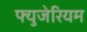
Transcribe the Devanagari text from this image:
फ्युजेरियम